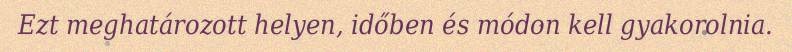
Ezt meghatározott helyen, időben és módon kell gyakorolnia.